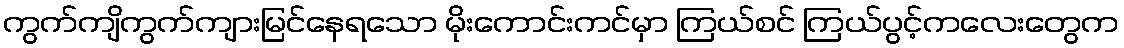
ကွက်ကျိကွက်ကျားမြင်နေရသော မိုးကောင်းကင်မှာ ကြယ်စင် ကြယ်ပွင့်ကလေးတွေက